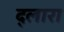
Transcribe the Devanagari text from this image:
द्लारा